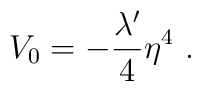
V_0 = - {{\lambda '}\over 4} \eta^4 \ .